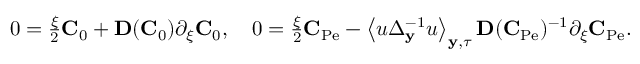
\begin{array} { r l } & { 0 = \frac { \xi } { 2 } \mathbf { C } _ { 0 } + \mathbf { D } ( \mathbf { C } _ { 0 } ) \partial _ { \xi } \mathbf { C } _ { 0 } , \quad 0 = \frac { \xi } { 2 } \mathbf { C } _ { \mathrm { P e } } - \left\langle u \Delta _ { \mathbf { y } } ^ { - 1 } u \right\rangle _ { \mathbf { y } , \tau } \mathbf { D } ( \mathbf { C } _ { \mathrm { P e } } ) ^ { - 1 } \partial _ { \xi } \mathbf { C } _ { \mathrm { P e } } . } \end{array}